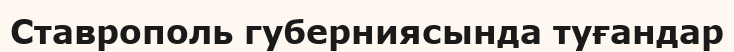
Ставрополь губерниясында туғандар